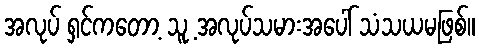
အလုပ် ရှင်ကတော့ သူ့ အလုပ်သမားအပေါ် သံသယမဖြစ်။